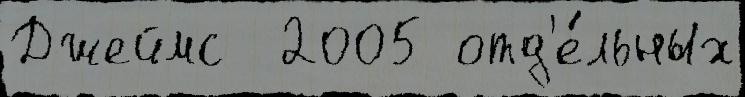
Джеймс  2005 отд'е́льных